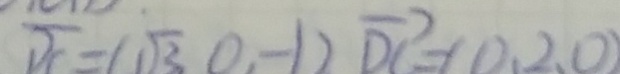
\overline { x } = ( \sqrt { 3 } 0 , - 1 ) \overrightarrow { D C } + ( D , 2 , 0 )